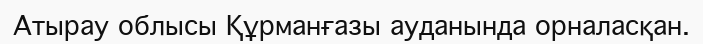
Атырау облысы Құрманғазы ауданында орналасқан.